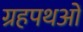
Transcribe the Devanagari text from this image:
ग्रहपथओं